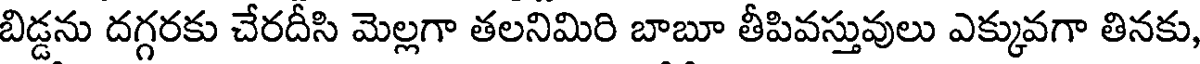
బిడ్డను దగ్గరకు చేరదీసి మెల్లగా తలనిమిరి బాబూ తీపివస్తువులు ఎక్కువగా తినకు,